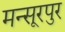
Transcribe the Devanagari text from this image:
मन्सूरपुर